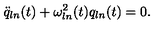
\ddot { q } _ { l n } ( t ) + \omega _ { l n } ^ { 2 } ( t ) q _ { l n } ( t ) = 0 .